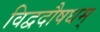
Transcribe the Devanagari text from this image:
विद्वदौषधम्